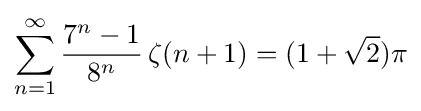
\sum _{n=1}^{\infty }{\frac {7^{n}-1}{8^{n}}}\,\zeta (n+1)=(1+{\sqrt {2}})\pi